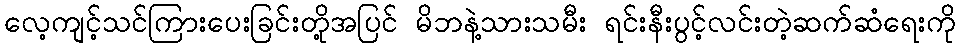
လေ့ကျင့်သင်ကြားပေးခြင်းတို့အပြင် မိဘနဲ့သားသမီး ရင်းနီးပွင့်လင်းတဲ့ဆက်ဆံရေးကို